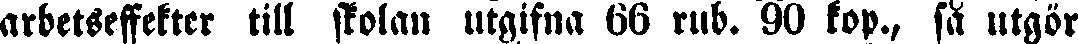
arbetseffekter till skolan utgifna 66 rub. 90 kop., så utgör